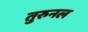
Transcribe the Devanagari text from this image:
तुरुनल